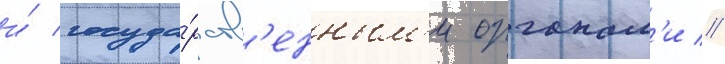
и́ госуда́рств'енным'и органам'и //